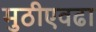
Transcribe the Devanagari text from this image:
मुठीएवढा